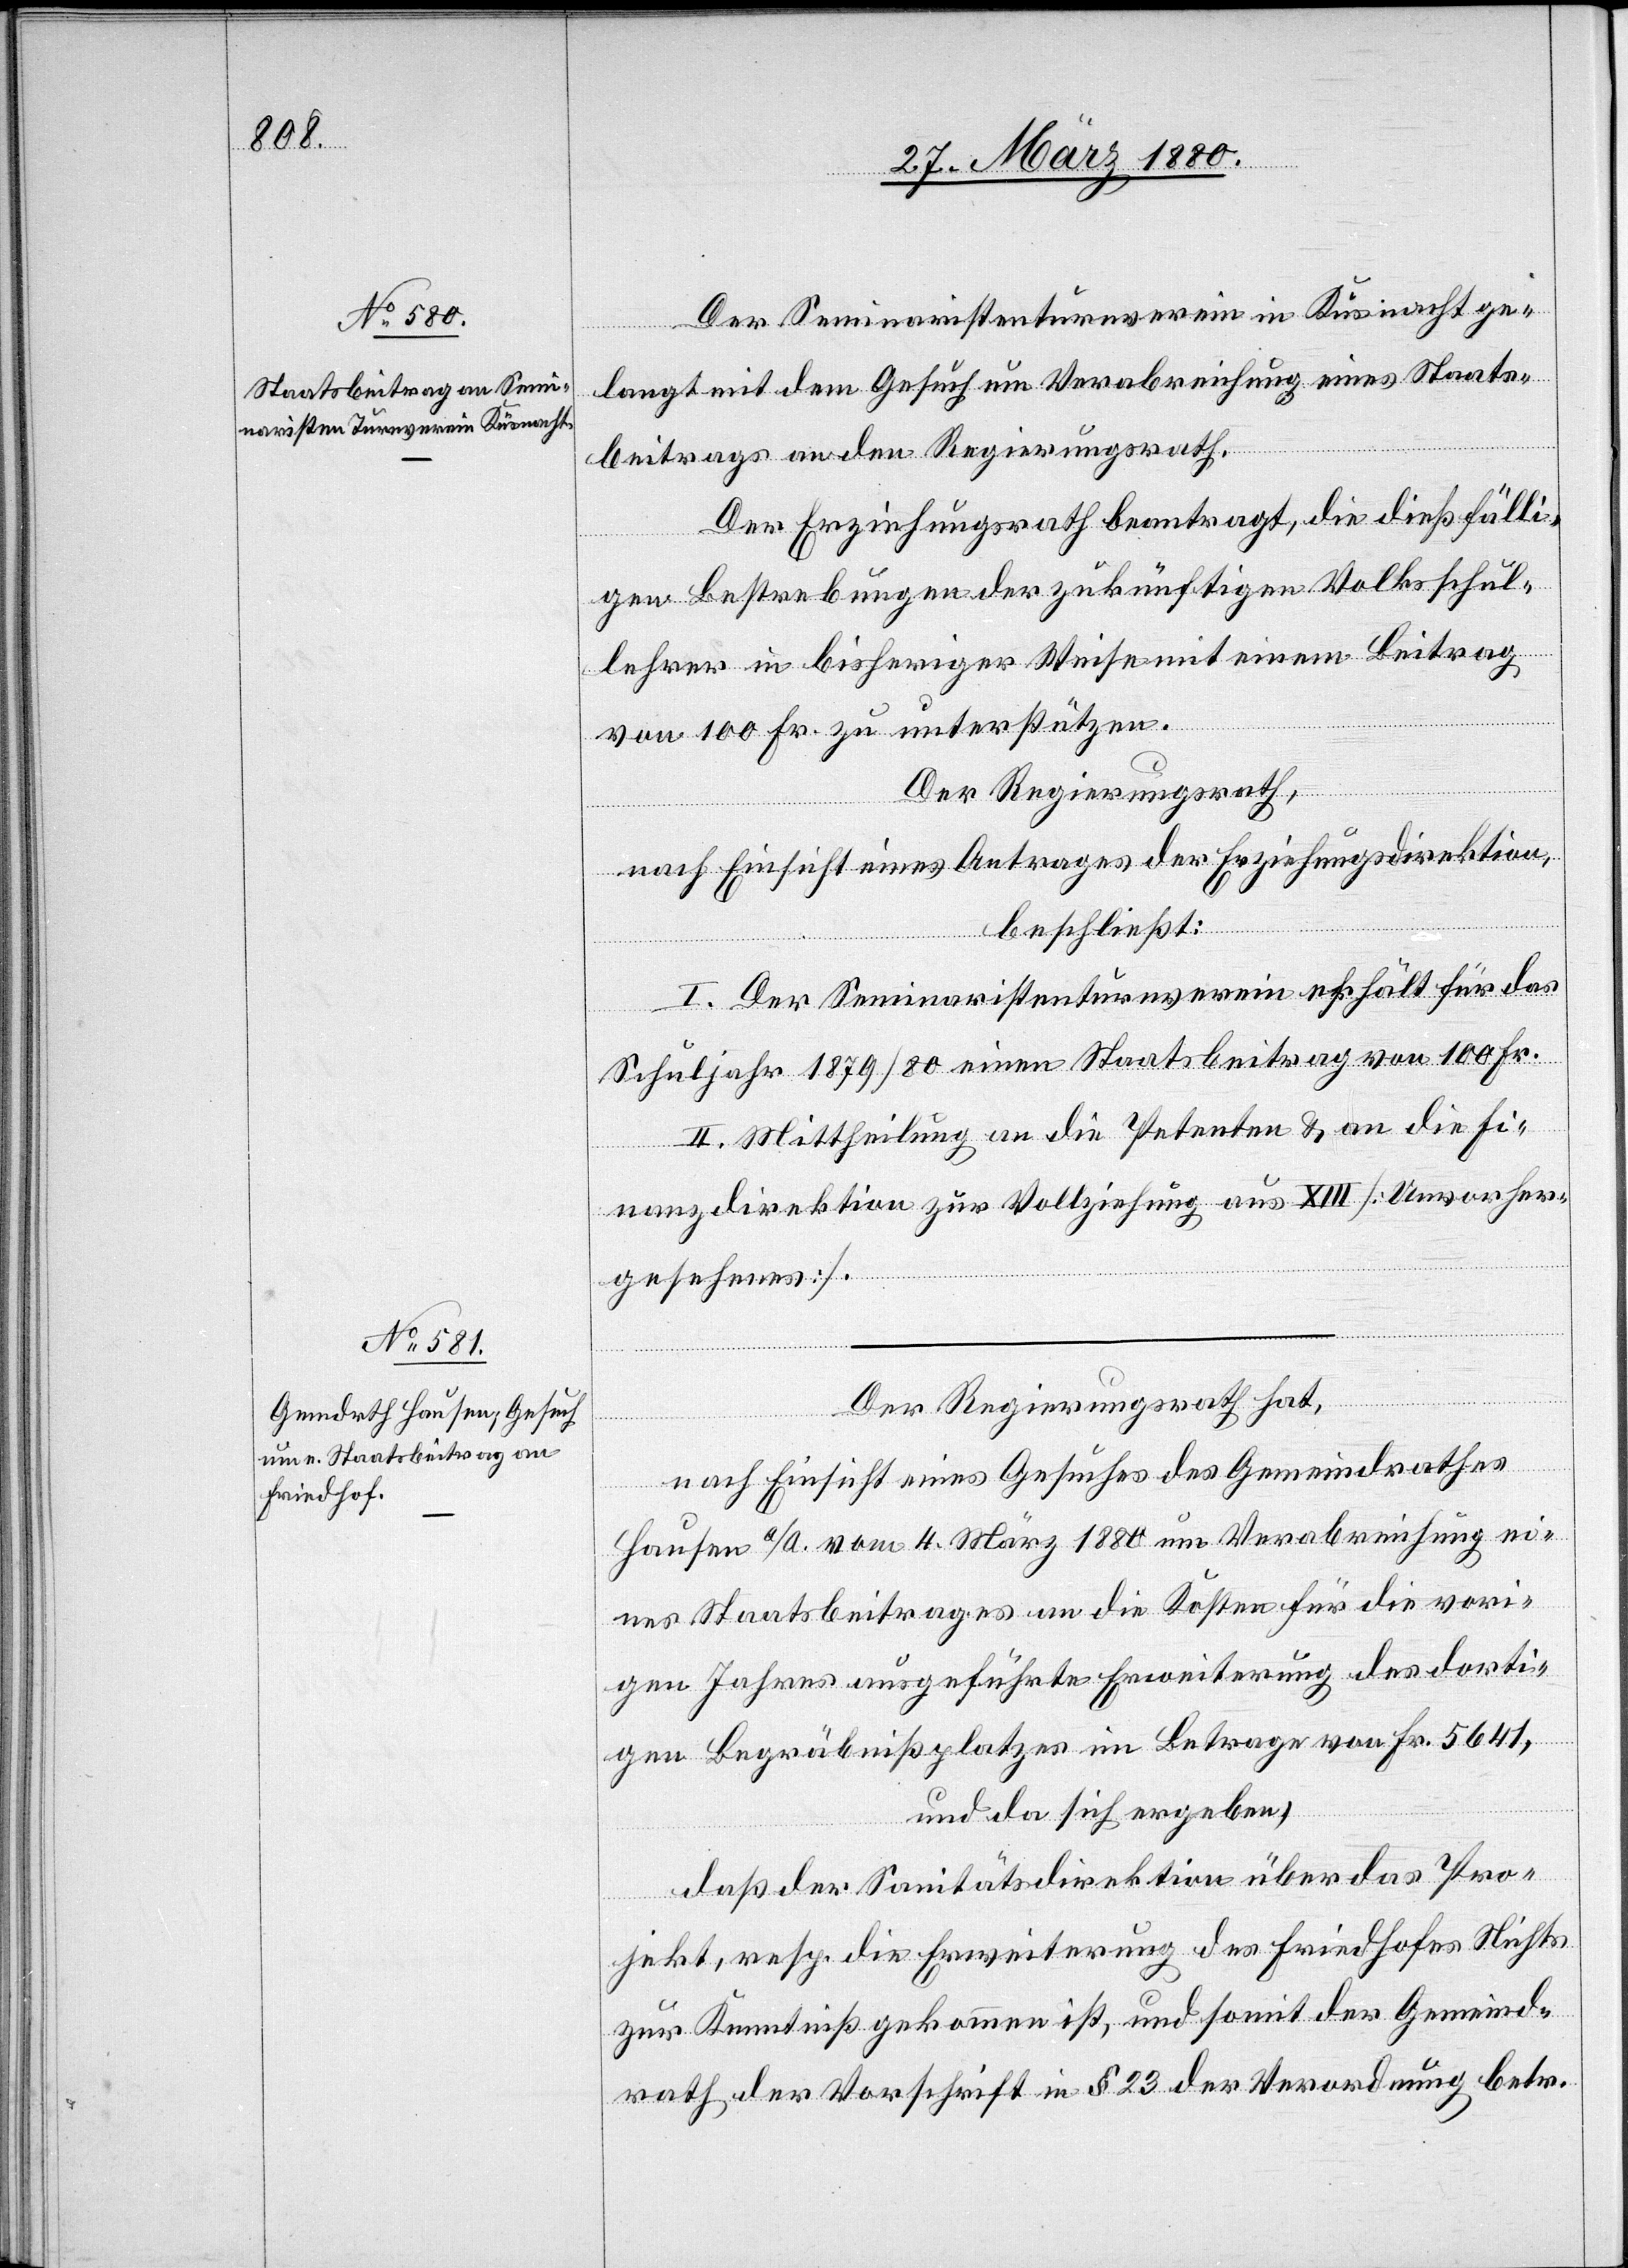
Der Seminaristenturnverein in Küsnacht ge¬
langt mit dem Gesuch um Verabreichung eines Staats¬
beitrags an den Regierungsrath.
Der Erziehungsrath beantragt, die dießfälli¬
gen Bestrebungen der zukünftigen Volksschul¬
lehrer in bisheriger Weise mit einem Beitrag
von 100 Fr. zu unterstützen.
Der Regierungsrath,
nach Einsicht eines Antrages des Gemeindrathes
beschließt:
I. Der Seminaristenturnverein erhält für das
Schuljahr 1879/80 einen Staatsbeitrag von 100 Fr.
II. Mittheilung an die Petenten & an die Fi¬
nanzdirektion zur Vollziehung aus XIII [Unvorher¬
gesehenes].
Der Regierungsrath hat,
Hausen a/A. vom 4. März 1880 um Verabreichung ei¬
nes Staatsbeitrages an die Kosten für die vori¬
gen Jahres ausgeführte Erweiterung des dorti¬
gen Begräbnißplatzes im Betrage von Fr. 5641,
und da sich ergeben:
daß der Sanitätsdirektion über das Pro¬
jekt, resp. die Erweiterung des Friedhofes Nichts
zur Kenntniß gekommen ist, und somit der Gemeind¬
rath der Vorschrift in § 23 der Verordnung betr.